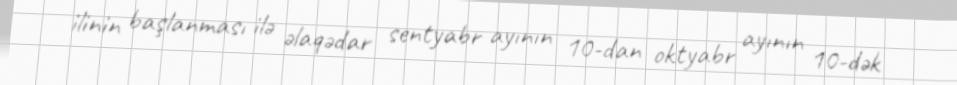
ilinin başlanması ilə əlaqədar sentyabr ayının 10-dan oktyabr ayının 10-dək